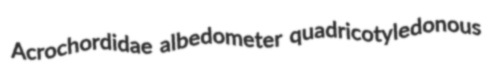
Acrochordidae albedometer quadricotyledonous